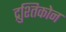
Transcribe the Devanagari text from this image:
द्रुश्तिकोन